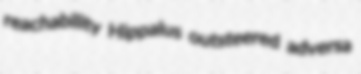
reachability Hippalus outsteered adversa